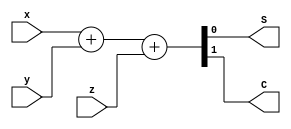
module fullAdder_df(S, C, x, y, z);
  input x, y, z;
  output S, C;
  assign  {C, S} = x + y + z;
endmodule

module _4bit_Adder_df(S, Cout, A, B, Cin);
  input [3:0] A, B;
  input Cin;
  output [3:0] S;
  output Cout;
  assign {Cout, S} = A + B + Cin;
endmodule

module _4bit_Adder_Sub_df(Sum, Carry, A, B, Select);
  input [3:0] A, B;
  input Select;
  output [3:0] Sum;
  output Carry;
  assign  {Carry, Sum} = A + (B^Select) + Select;
endmodule